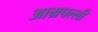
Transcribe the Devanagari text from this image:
आम्रपल्ली